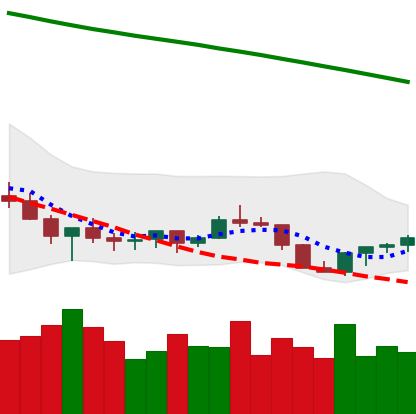
Ticker: XLM-USD
Chart end date: 2022-07-16
Forward return: 3.762%
Label: up_3_5